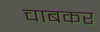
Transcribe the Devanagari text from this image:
चाबकर